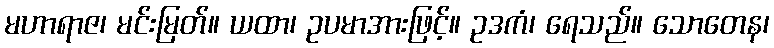
မဟာရာဇ၊ မင်းမြတ်။ ယထာ၊ ဥပမာအားဖြင့်။ ဥဒကံ၊ ရေသည်။ သောတေန၊